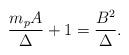
LaTeX: \begin{align*}\frac{m_pA}{\Delta} + 1 = \frac{B^2}{\Delta}.\end{align*}